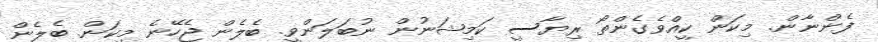
ފެންނާން. މިކަން ކީއްވެގެންތޯ ރިޔާސީ ކަމިޝަނުން ނުބަލަންވީ. ބެލެން ޖެހޭނެ މިކަން. ބެލެން